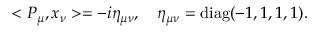
< P _ { \mu } , x _ { \nu } > = - i \eta _ { \mu \nu } , \quad \eta _ { \mu \nu } = \mathrm { d i a g } ( - 1 , 1 , 1 , 1 ) .